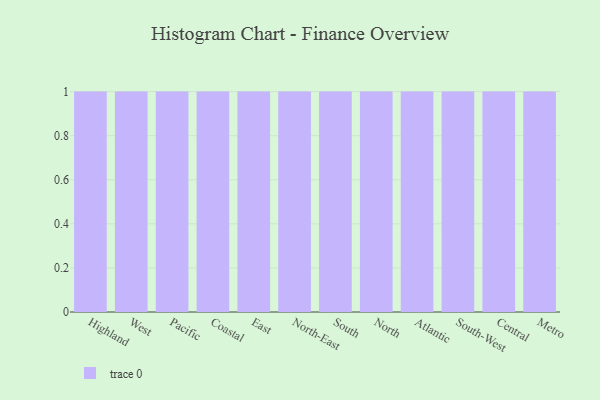
{"axis": {"x": "Region", "y": "Market Share (%)"}, "legend": [""], "data": [{"x": "Highland", "y": 70, "type": ""}, {"x": "West", "y": 10, "type": ""}, {"x": "Pacific", "y": 32, "type": ""}, {"x": "Coastal", "y": 30, "type": ""}, {"x": "East", "y": 18, "type": ""}, {"x": "North-East", "y": 83, "type": ""}, {"x": "South", "y": 42, "type": ""}, {"x": "North", "y": 18, "type": ""}, {"x": "Atlantic", "y": 50, "type": ""}, {"x": "South-West", "y": 79, "type": ""}, {"x": "Central", "y": 3, "type": ""}, {"x": "Metro", "y": 80, "type": ""}]}